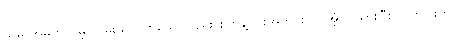
သူမ အမှတ်တမဲ့ လှမ်းယူလိုက်သော်လည်း စက္ကန့်ပိုင်းအတွင်းပင် အံ့ဩသွားပြီး လက်ဝါးကို